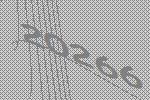
20266